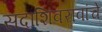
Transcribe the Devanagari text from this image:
सदाशिवरावांचे